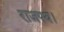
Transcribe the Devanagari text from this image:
राजपथ।